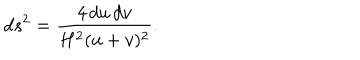
d s ^ { 2 } = \frac { 4 \, d u \, d v } { H ^ { 2 } ( u + v ) ^ { 2 } } .